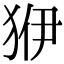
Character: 𤝳